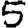
Digit: 5